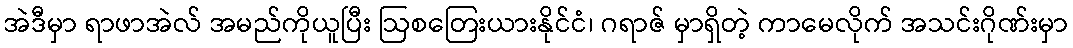
အဲဒီမှာ ရာဖာအဲလ် အမည်ကိုယူပြီး ဩစတြေးယားနိုင်ငံ၊ ဂရာဇ် မှာရှိတဲ့ ကာမေလိုက် အသင်းဂိုဏ်းမှာ